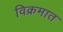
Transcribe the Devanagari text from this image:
विक्रमात